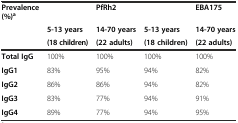
<table><thead><tr><td><b>Prevalence (%)<sup>a</sup></b></td><td></td><td><b>PfRh2</b></td><td></td><td><b>EBA175</b></td></tr><tr><td></td><td><b>5-13 years</b></td><td><b>14-70 years</b></td><td><b>5-13 years</b></td><td><b>14-70 years</b></td></tr><tr><td></td><td><b>(18 children)</b></td><td><b>(22 adults)</b></td><td><b>(18 children)</b></td><td><b>(22 adults)</b></td></tr></thead><tbody><tr><td><b>Total IgG</b></td><td>100%</td><td>100%</td><td>100%</td><td>100%</td></tr><tr><td><b>IgG1</b></td><td>83%</td><td>95%</td><td>94%</td><td>82%</td></tr><tr><td><b>IgG2</b></td><td>86%</td><td>86%</td><td>94%</td><td>82%</td></tr><tr><td><b>IgG3</b></td><td>83%</td><td>77%</td><td>94%</td><td>91%</td></tr><tr><td><b>IgG4</b></td><td>89%</td><td>77%</td><td>94%</td><td>95%</td></tr></tbody></table>